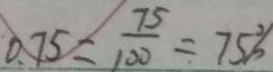
0 . 7 5 = \frac { 7 5 } { 1 0 0 } = 7 5 \%